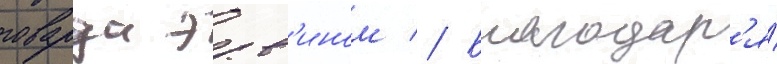
говарда эрв'ином // Благодар'я́